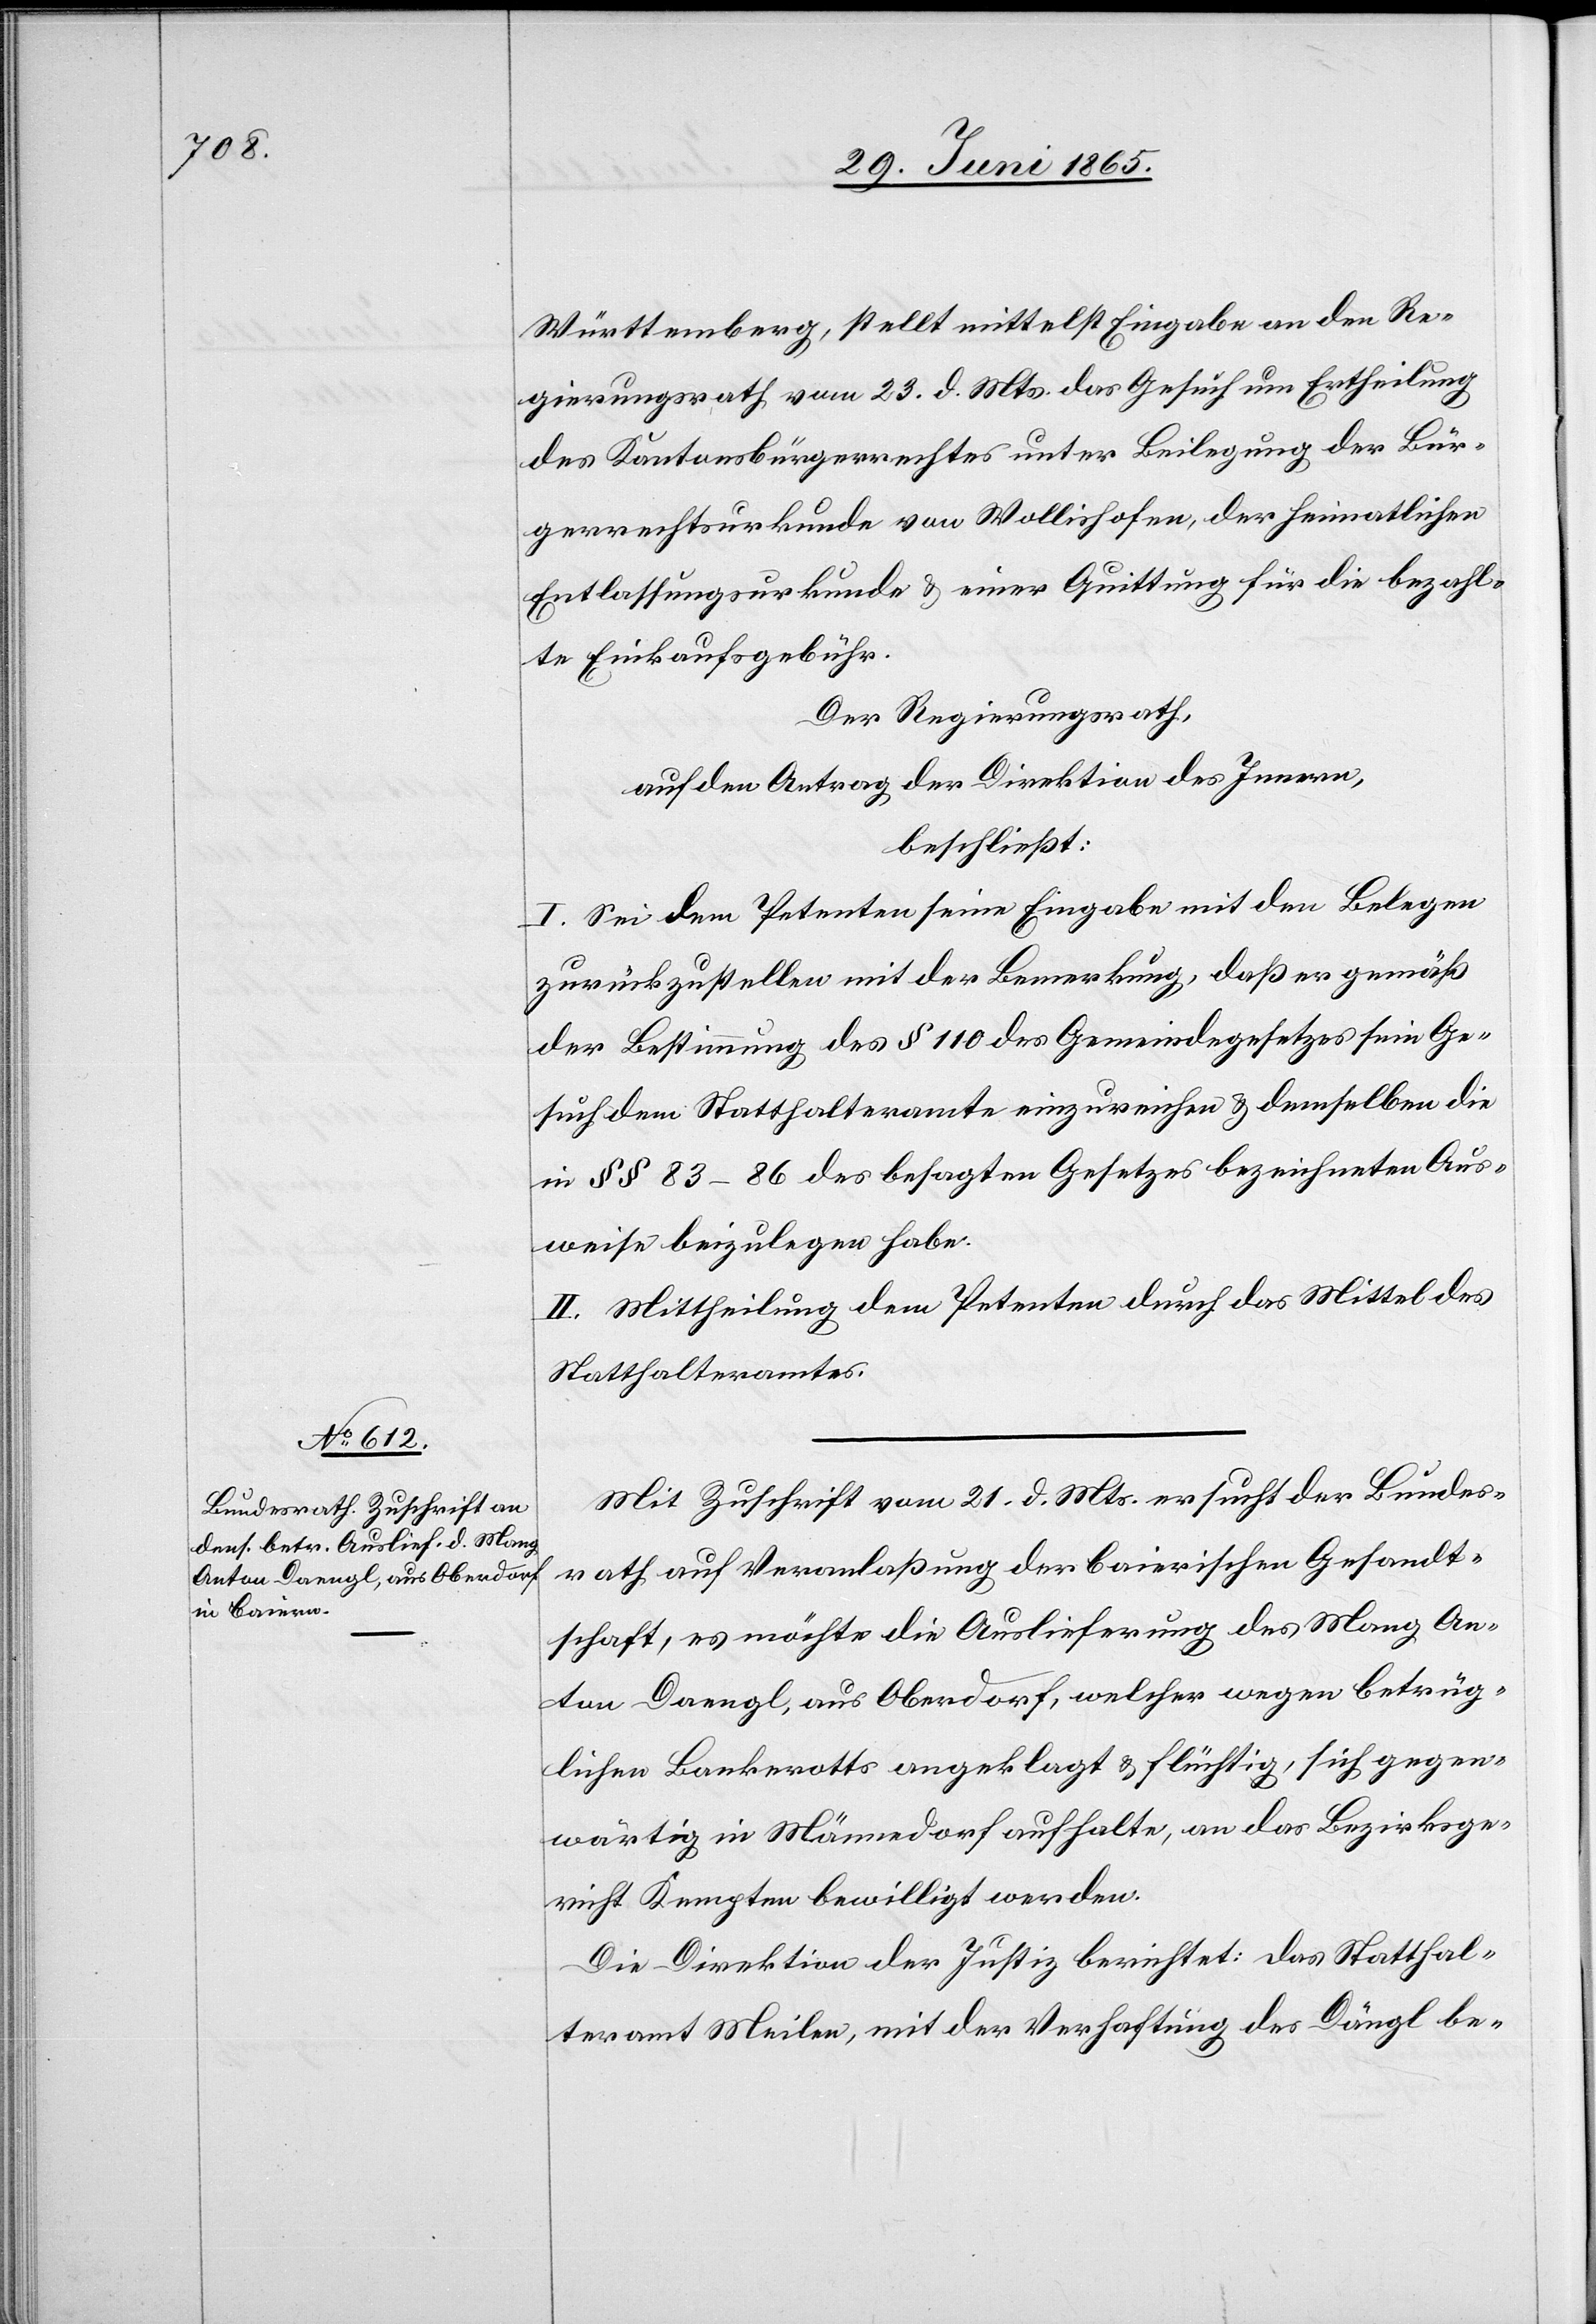
Württemberg, stellt mittelst Eingabe an den Re¬
gierungsrath vom 23. d. Mts. das Gesuch um Ertheilung
des Kantonsbürgerrechts unter Beilegung der Bür¬
gerrechtsurkunde von Wollishofen, der heimatlichen
Entlassungsurkunde & einer Quittung für die bezahl¬
te Einkaufsgebühr.
Der Regierungsrath,
auf den Antrag der Direktion des Innern,
beschließt:
I. Sei dem Petenten seine Eingabe mit den Belegen
zurückzustellen mit der Bemerkung, daß er gemäß
der Bestimmung des § 110 des Gemeindegesetzes sein Ge¬
such dem Statthalteramte einzureichen & demselben die
in § § 83–86 des besagten Gesetzes bezeichneten Aus¬
weise beizulegen habe.
II. Mittheilung dem Petenten durch das Mittel des
Statthalteramtes.
Mit Zuschrift vom 21. d. Mts. ersucht der Bundes¬
rath auf Veranlaßung der baierischen Gesandt¬
schaft, es möchte die Auslieferung des Mang An¬
ton Daengl, aus Oberdorf, welcher wegen betrüg¬
lichen Bankerotts angeklagt & flüchtig, sich gegen¬
wärtig in Männedorf aufhalte, an das Bezirksge¬
richt Kempten bewilligt werden.
Die Direktion der Justiz berichtet: das Statthal¬
teramt Meilen, mit der Verhaftung des Dängl be-